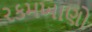
રકમખાણો